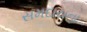
સમદાયના